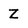
Character: Z